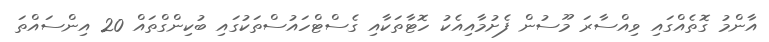
އާންމު ގޮތެއްގައި ވިއްސާރަ މޫސުން ފެށުމާއިއެކު ހޮޓާތަކާއި ގެސްޓްހައުސްތަކުގައި ބުކިންގްތައް 20 އިންސައްތަ